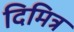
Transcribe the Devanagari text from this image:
दिमित्र